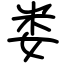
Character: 娄